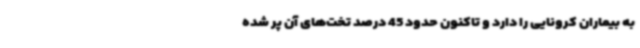
به بیماران کرونایی را دارد و تاکنون حدود 45 درصد تخت‌های آن پر شده